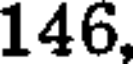
146,